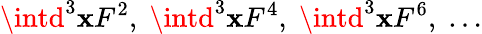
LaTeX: \intd^{3}\mathbf{x}F^{2},\; \intd^{3}\mathbf{x}F^{4},\; \intd^{3}\mathbf{x}F^{6},\; \ldots